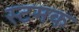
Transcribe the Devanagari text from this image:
स्टमक